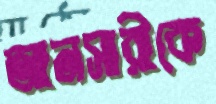
আনসারীকে